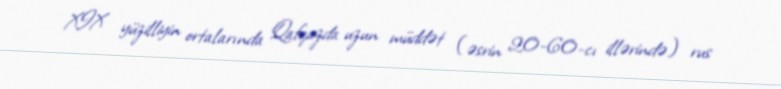
XIX yüzilliyin ortalarında Qafqazda uzun müddət (əsrin 20-60-cı illərində) rus